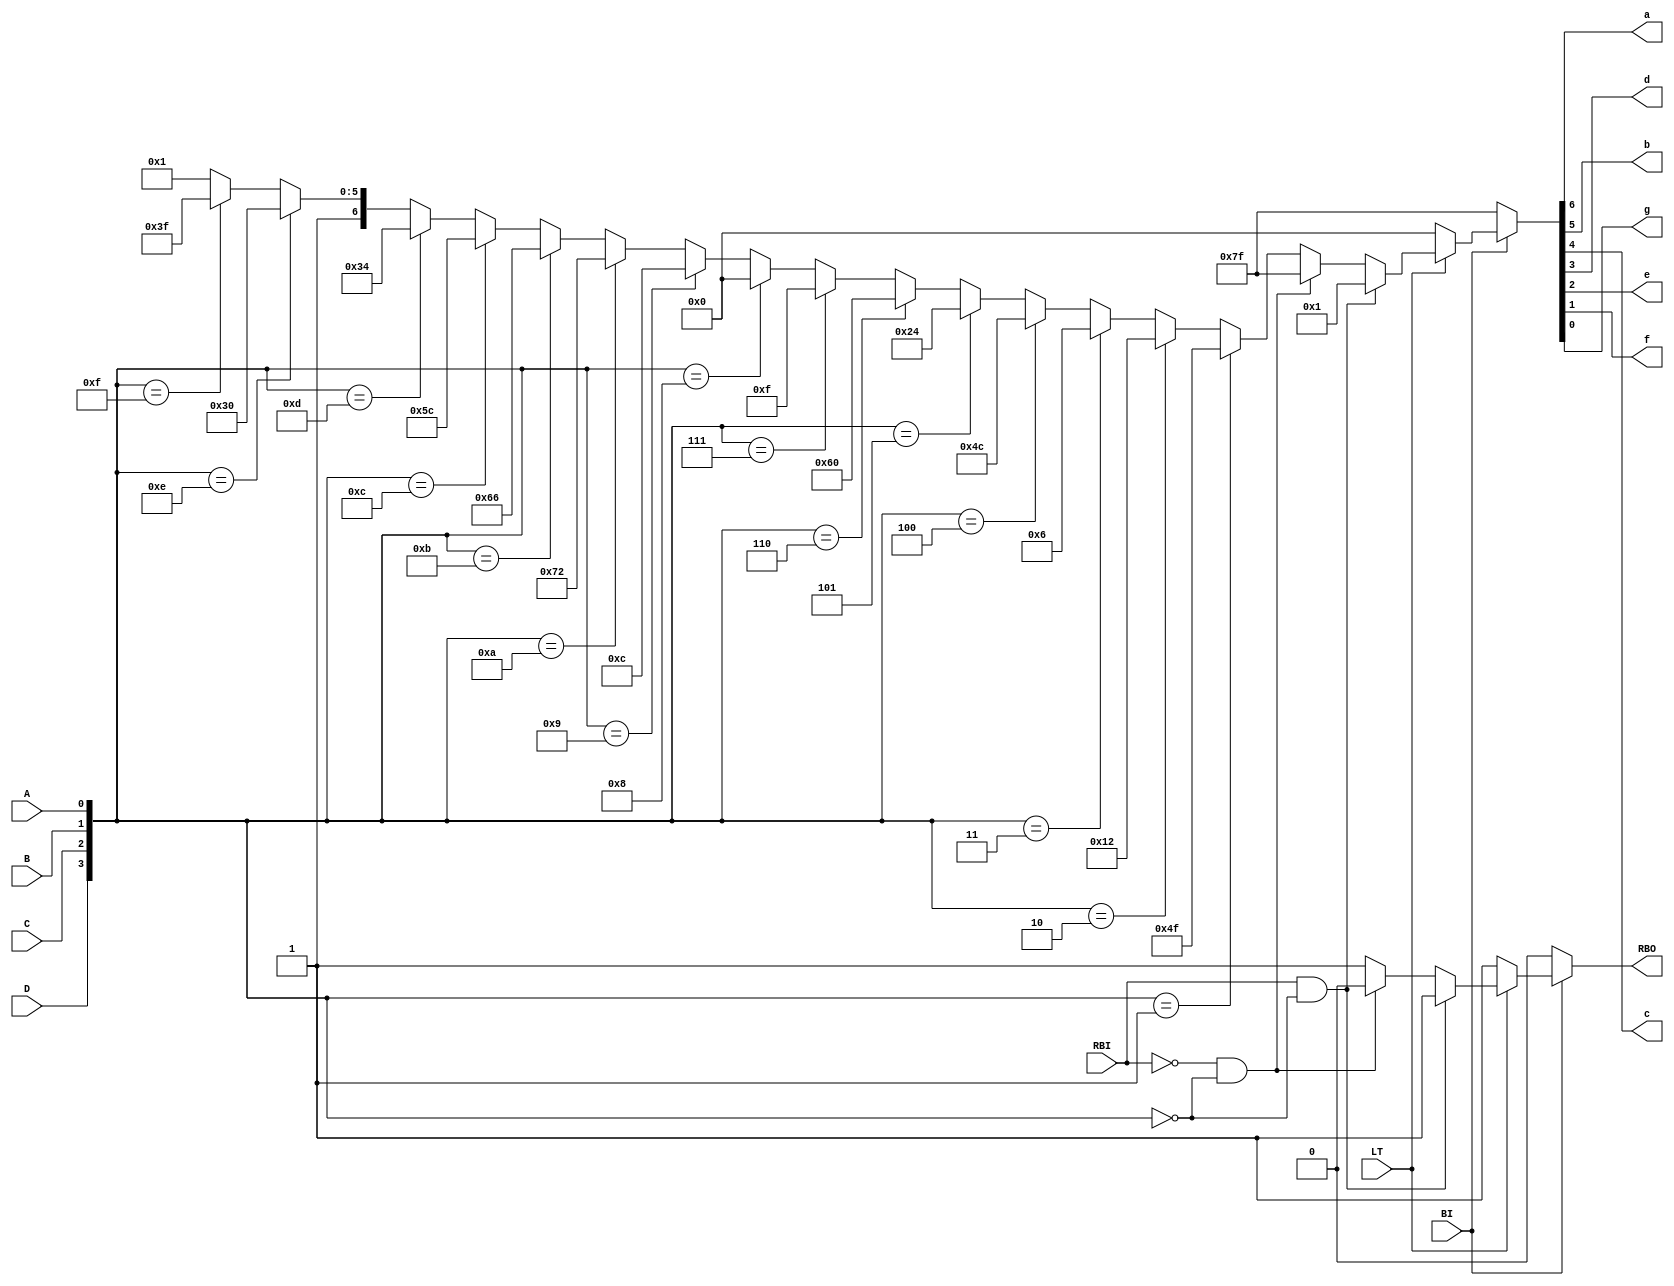
module BCDTOSEVEN_1(input LT , input BI , input RBI , input D , input C , input B , input A , output a, output b , output c , output d , output e , output f , output g , output RBO);
assign RBO = ~BI ? 1'b0 : RBO_r;
reg RBO_r;
wire [6:0] bcd_w = ~BI ? 7'b1111111 : bcd_r;
reg [6:0] bcd_r;
assign a = bcd_w[6];
assign b = bcd_w[5];
assign c = bcd_w[4];
assign d = bcd_w[3];
assign e = bcd_w[2];
assign f = bcd_w[1];
assign g = bcd_w[0];
always@(LT or RBI or D or C or B or A)
begin
if(LT)
begin
bcd_r <= (RBI && {D,C,B,A} == 4'b0000) ? 7'b0000001 : (~RBI && {D,C,B,A} == 4'b0000) ? 7'b1111111 : ({D,C,B,A} == 4'b0001) ? 7'b1001111 : ({D,C,B,A} == 4'b0010) ? 7'b0010010 : ({D,C,B,A} == 4'b0011) ? 7'b0000110 : ({D,C,B,A} == 4'b0100) ? 7'b1001100 : ({D,C,B,A} == 4'b0101) ? 7'b0100100 : ({D,C,B,A} == 4'b0110) ? 7'b1100000 : ({D,C,B,A} == 4'b0111) ? 7'b0001111 : 
({D,C,B,A} == 4'b1000) ? 7'b00000000 : ({D,C,B,A} == 4'b1001) ? 7'b0001100 : ({D,C,B,A} == 4'b1010) ? 7'b1110010 : ({D,C,B,A} == 4'b1011) ? 7'b1100110 : ({D,C,B,A} == 4'b1100) ? 7'b1011100 : 
({D,C,B,A} == 4'b1101) ? 7'b0110100 : ({D,C,B,A} == 4'b1110) ? 7'b1110000 : ({D,C,B,A} == 4'b1111) ? 7'b1111111 : 7'b1000001;
RBO_r <= (RBI && {D,C,B,A} == 4'b0000) ? 1'b1 : (~RBI && {D,C,B,A} == 4'b0000) ? 1'b0 : 1'b1;
end
else if(~LT)
begin
bcd_r <= 7'b0000000;
RBO_r <= 1'b1;
end
else
begin
bcd_r <= 7'b1000000;
RBO_r <= 1'bz;
end
end
endmodule